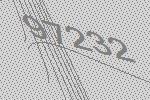
97232